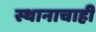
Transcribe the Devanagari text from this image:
स्थानाचाही